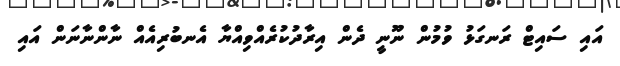
އައި ސައިޓް ރަނގަޅު ވުމުން ނޫނީ ދެން އިރާދުކުރެއްވިއްޔާ އެނބުރިއެއް ނާންނާނަން އައި